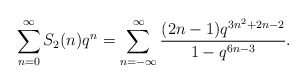
\begin{align*} \sum_{n=0}^{\infty} S_2(n) q^n = \sum_{n=-\infty}^\infty \frac{(2n-1)q^{3n^2+2n-2}}{1-q^{6n-3}}.\end{align*}